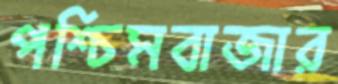
পশ্চিমবাজার